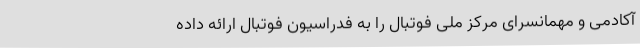
آکادمی و مهمانسرای مرکز ملی فوتبال را به فدراسیون فوتبال ارائه داده